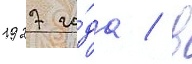
1927 го́да / в